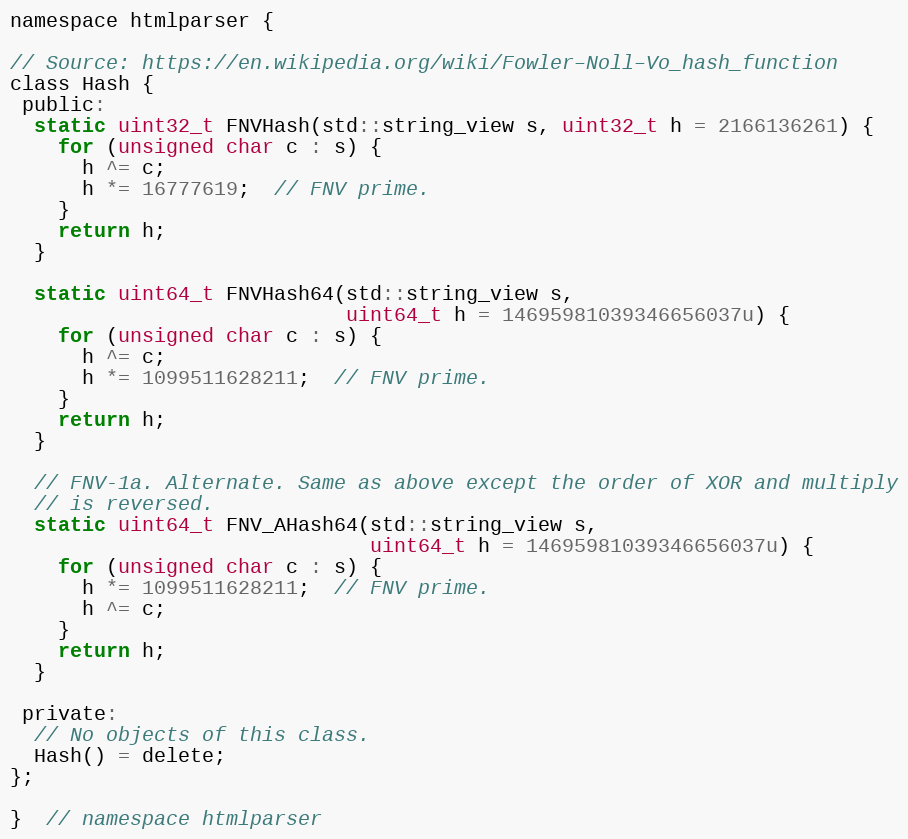
Language: C
namespace htmlparser {

// Source: https://en.wikipedia.org/wiki/Fowler–Noll–Vo_hash_function
class Hash {
 public:
  static uint32_t FNVHash(std::string_view s, uint32_t h = 2166136261) {
    for (unsigned char c : s) {
      h ^= c;
      h *= 16777619;  // FNV prime.
    }
    return h;
  }

  static uint64_t FNVHash64(std::string_view s,
                            uint64_t h = 14695981039346656037u) {
    for (unsigned char c : s) {
      h ^= c;
      h *= 1099511628211;  // FNV prime.
    }
    return h;
  }

  // FNV-1a. Alternate. Same as above except the order of XOR and multiply
  // is reversed.
  static uint64_t FNV_AHash64(std::string_view s,
                              uint64_t h = 14695981039346656037u) {
    for (unsigned char c : s) {
      h *= 1099511628211;  // FNV prime.
      h ^= c;
    }
    return h;
  }

 private:
  // No objects of this class.
  Hash() = delete;
};

}  // namespace htmlparser